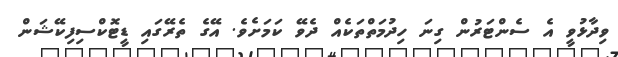
ވިދާޅުވީ އެ ސެންޓަރުން ގިނަ ހިދުމަތްތަކެއް ދެވޭ ކަމަށެވެ. އޭގެ ތެރޭގައި ޑީޓޮކްސިފިކޭޝަން